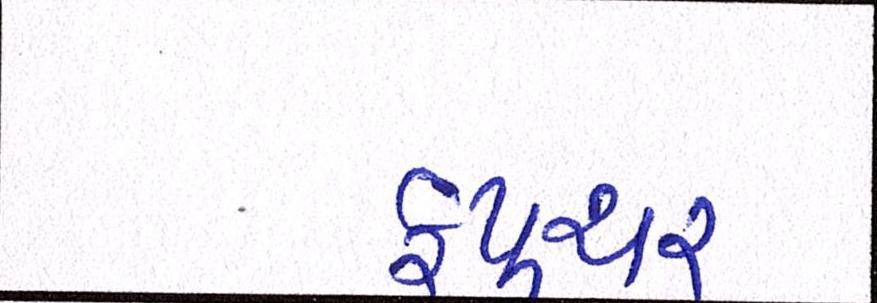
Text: ફ્યુચર